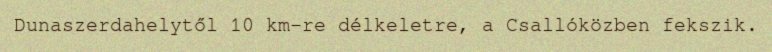
Dunaszerdahelytől 10 km-re délkeletre, a Csallóközben fekszik.